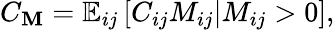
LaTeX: C_{\mathbf{M}}=\mathbb{E}_{ij}\left[C_{ij}M_{ij}\vert M_{ij}>0\right],